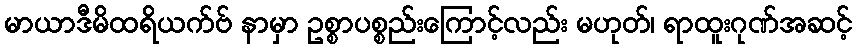
မာယာဒီမိထရိယက်ဗ် နာမှာ ဥစ္စာပစ္စည်းကြောင့်လည်း မဟုတ်၊ ရာထူးဂုဏ်အဆင့်